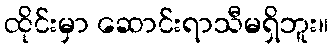
ထိုင်းမှာ ဆောင်းရာသီမရှိဘူး။